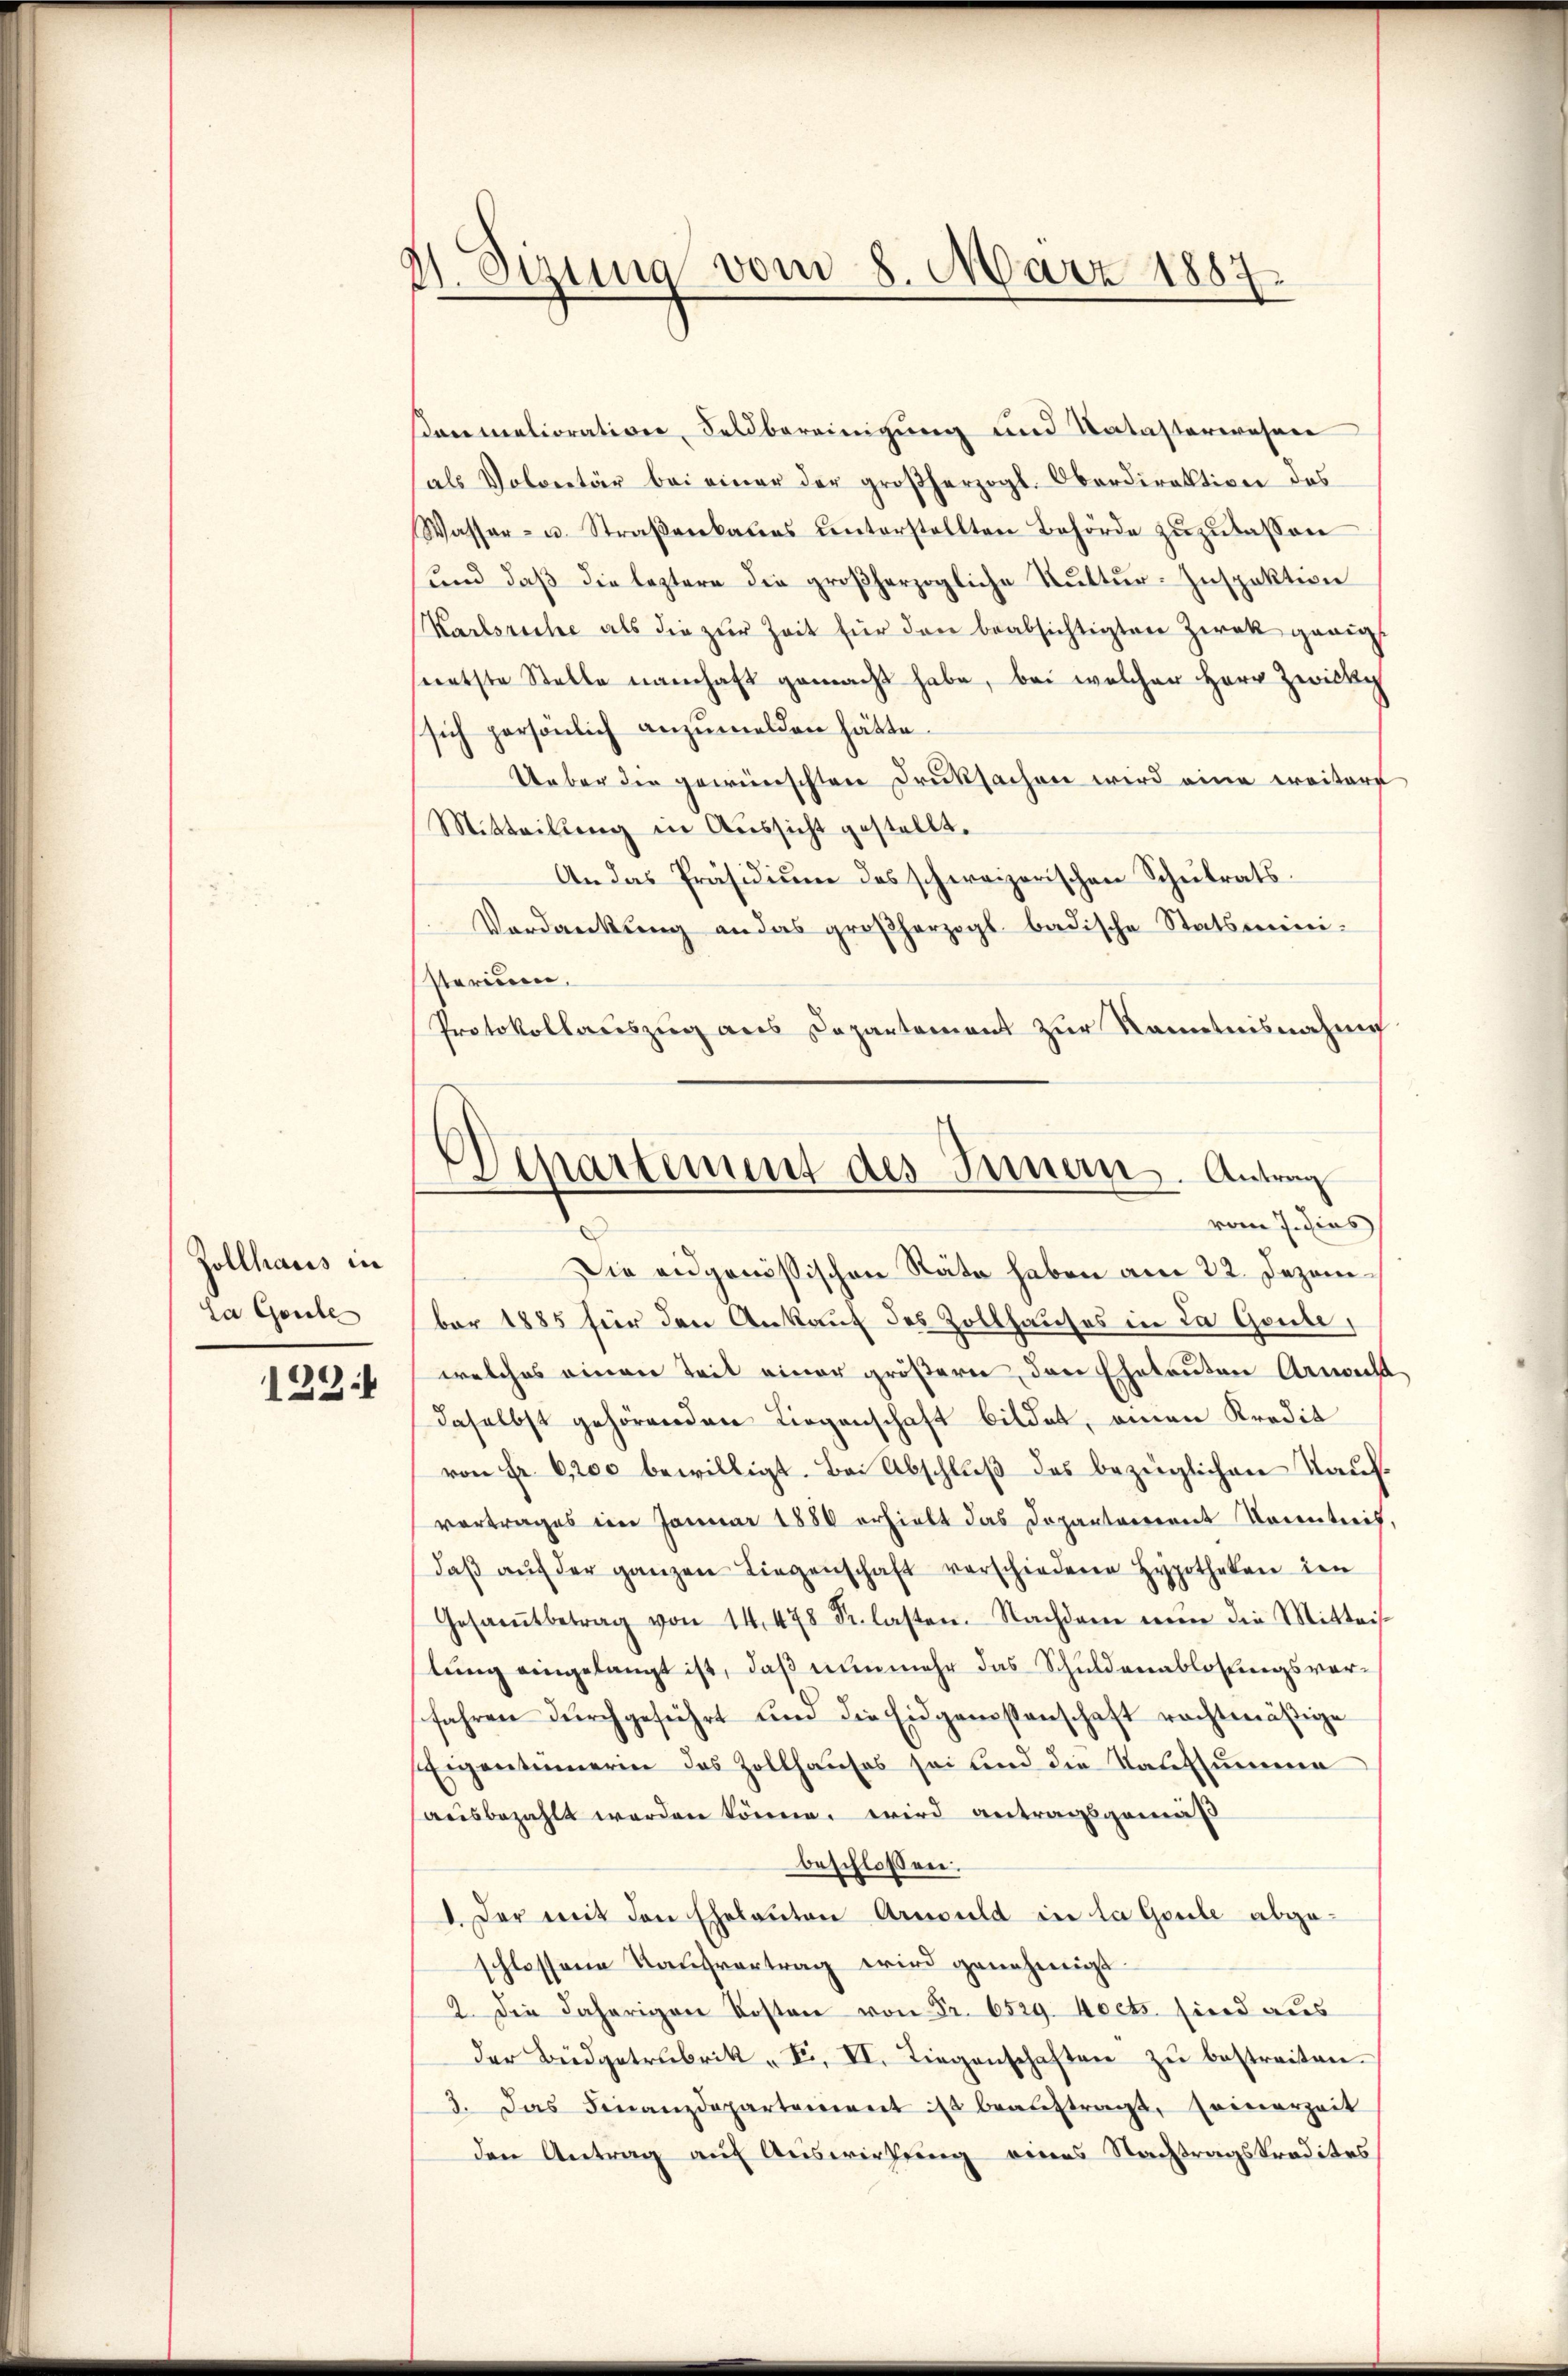
Zollhaus in
Da Garte
122:1

stung vom 8. März 1887.
¬

darmalioration, Feldbereinigung und Katasterwesen
als Volcretär bei einer der großherzogl. Oberdirektive des
Wasser- u. Straβenbaŭes ŭnterstellten Behörde zŭzŭlassen
und daß die leztere die großherzogliche Kultur-Inspektion
Karlsreche als die zŭr Zeit für den beabsichtigten Zwek genigs
seentste Stelle namhaft gemacht habe, bei welcher Herr Zwick
sich persönlich anzumelden hätte.
Ueber die gewünschten Druksachen wird eine erritore
Mitteilung in Aussicht gestellt.
An das Präsidium des schweizerischen Schulrats¬
Verdankung an das großherzogl. badische Statsministerium,
Protokollauszug aus Departement zur Kenntnisnahme

Departement des Innern. Antrag
vom 7. dies

Die eidgenössischen Räte haben am 22. Dezember 1885 für den Ankauf des Zollhauses in da Gute,
welches einen Teil einer größern, den Eheleuten Arnacht
daselbst gehörenden Liegenschaft bildet, einen Kredit
von Fr. 6,200 bewilligt. Bei Abschluß des bezüglichen Kaufvortrages im Januar 1880 erhielt das Departarerent Kenntnis,
daβ aŭf der ganzen Liegenschaft verschiedene Hypotheken den
Gesamtbetrag von 14. 478 Fr. lasten. Nachdem nŭn die Mitteis-
lung eingelangt ist, daß nunmehr das Schuldenablösungsverfahren durchgeführt um die Eidgenoßenschaft rechtmäßige
Eigentümerin des Zollhauses sei und die Kaufsumme
ausbezahlt worden könne, wird antragsgemäß
beschlossen:
 Der mit den Eheleuten Arnold in la Goule abgeschlossene Kaŭfvertrag wird genehmigt.
2. Die daherigen Kosten von Fr. 6529. Nects sind aus
der Büdgetrubrik „F. VI. Liegenschaften zŭ bestreiten.
3. Das Finanzdepartement ist beaŭftragt, seinerzeit
den Antrag auf Auswirkung eines Nachtragskredites